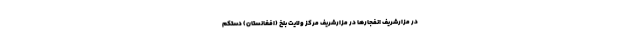
در مزارشریف انفجارها در مزارشریف مرکز ولایت بلخ (افغانستان) دستکم